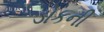
ડોકની